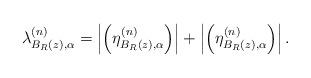
LaTeX: \begin{align*}\lambda^{(n)}_{B_R(z),\alpha}= \left| \left(\eta_{B_R(z),\alpha}^{(n)}\right)\right| +\left |\left(\eta_{B_R(z),\alpha}^{(n)}\right)\right|.\end{align*}